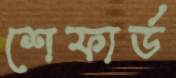
শেফার্ড